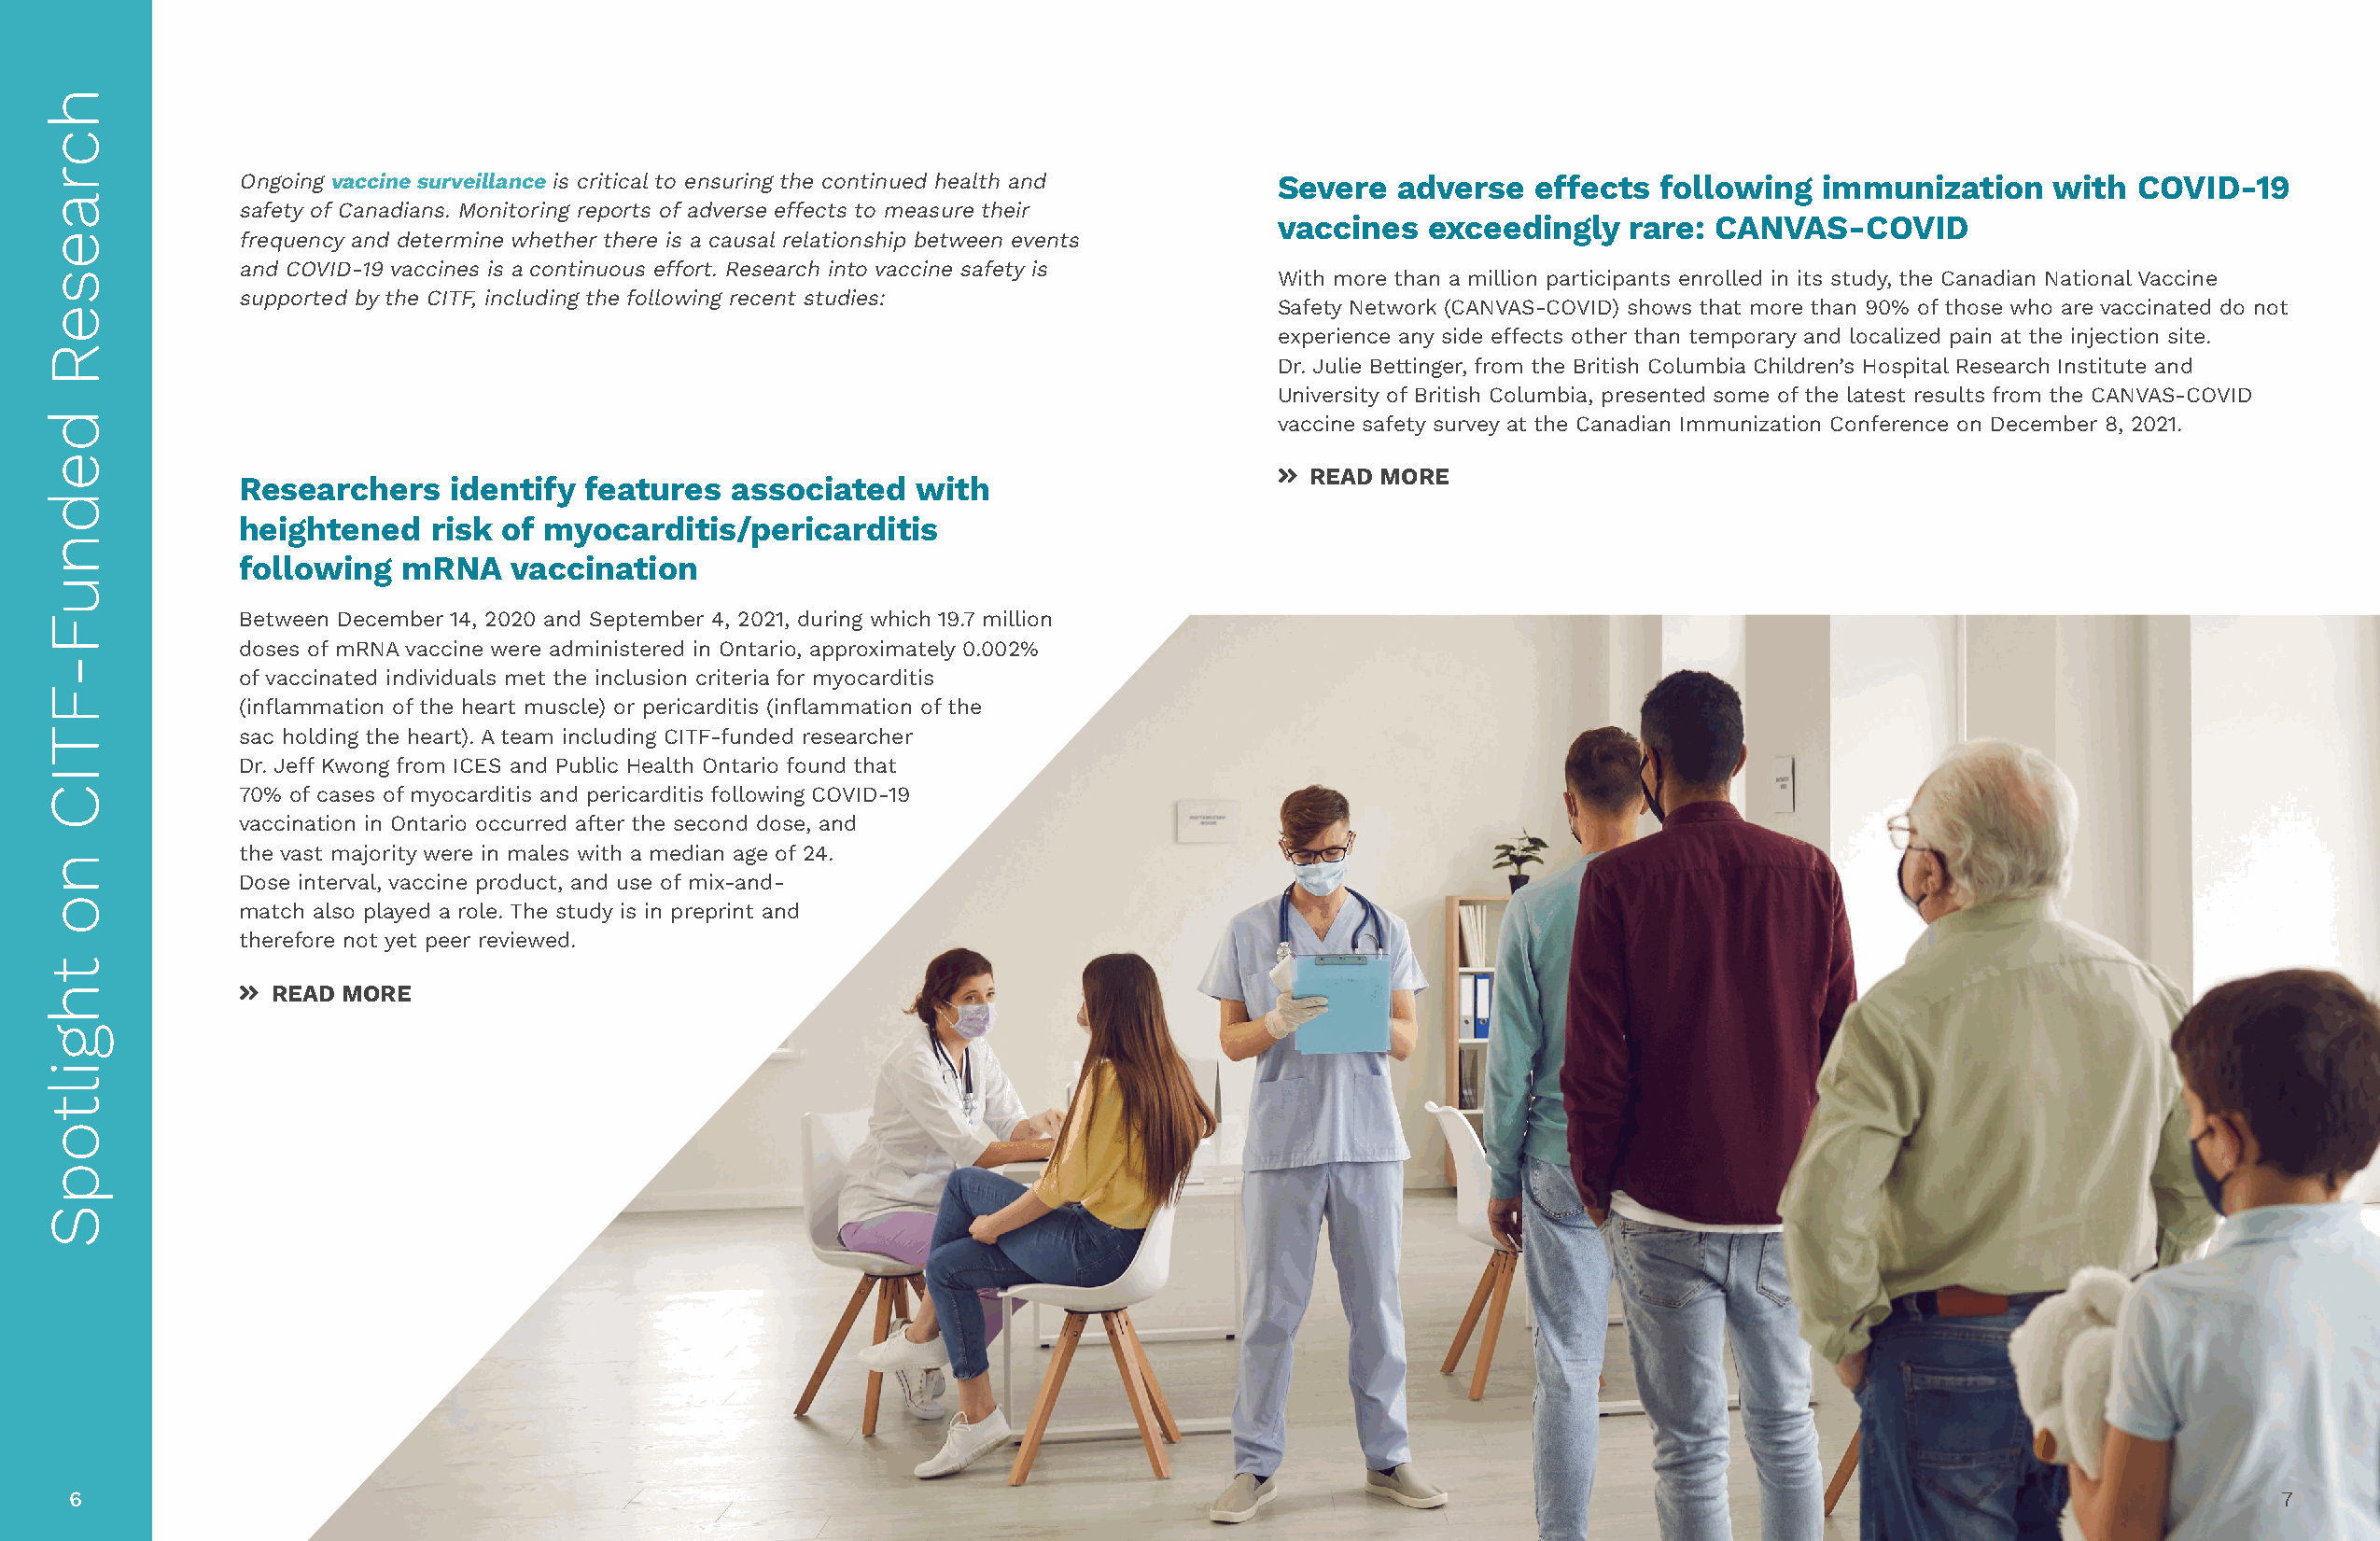
Ongoing vaccine surveillance is critical to ensuring the continued health and Severe adverse effects following  immunization     with  COVID-19
 safety of Canadians. Monitoring reports of adverse effects to measure their
 vaccines  exceedingly    rare: CANVAS-COVID
 frequency and determine whether there is a causal relationship between events
 and COVID-19 vaccines is a continuous effort. Research into vaccine safety is
 With more than a million participants enrolled in its study, the Canadian National Vaccine
 supported by the CITF, including the following recent studies:
 Safety Network (CANVAS-COVID) shows that more than 90% of those who are vaccinated do not
 experience any side effects other than temporary and localized pain at the injection site.
 Dr. Julie Bettinger, from the British Columbia Children’s Hospital Research Institute and
 University of British Columbia, presented some of the latest results from the CANVAS-COVID
 vaccine safety survey at the Canadian Immunization Conference on December 8, 2021.
 ŵ READ MORE
 Researchers    identify features   associated   with
 heightened    risk of myocarditis/pericarditis
 following  mRNA    vaccination
 Between December 14, 2020 and September 4, 2021, during which 19.7 million
 doses of mRNA vaccine were administered in Ontario, approximately 0.002%
 of vaccinated individuals met the inclusion criteria for myocarditis
 (inflammation of the heart muscle) or pericarditis (inflammation of the
 sac holding the heart). A team including CITF-funded researcher
 Dr. Jeff Kwong from ICES and Public Health Ontario found that
 70% of cases of myocarditis and pericarditis following COVID-19
 vaccination in Ontario occurred after the second dose, and
 the vast majority were in males with a median age of 24.
 Dose interval, vaccine product, and use of mix-and-
 match also played a role. The study is in preprint and
 therefore not yet peer reviewed.
 ŵ READ MORE
 6                                                                                                                                                            7
 hcraeseR
 dednuF-FTIC
 no
 thgiltopS